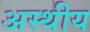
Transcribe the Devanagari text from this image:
अस्थीय